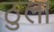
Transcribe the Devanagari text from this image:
ठुला